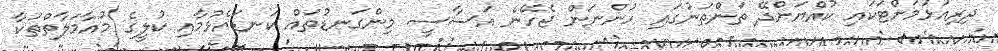
ދިރިއުޅުމަށްޓަކައި ކުއްޔަށްދޭ ތަންތަނުގައި ހުންނަން ޖެހޭނެ އަސާސީ މިންގަނޑުތައް ކަނޑައެޅުމާއި ކުލީގެ މުއާމަލާތްތަކާ